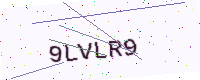
Text: 9LVLR9